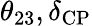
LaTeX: \theta_{23},\delta_{\mathrm{CP}}